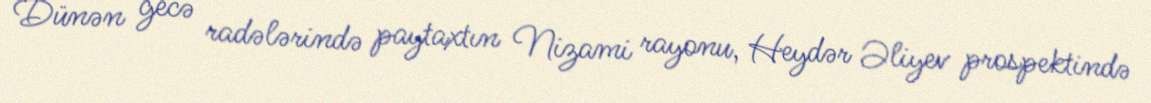
Dünən gecə radələrində paytaxtın Nizami rayonu, Heydər Əliyev prospektində